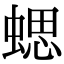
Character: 𧍤